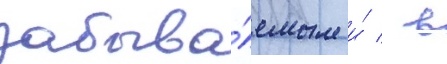
забыва́емым и́ / в